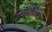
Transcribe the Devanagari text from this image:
ग्लोब्लिस